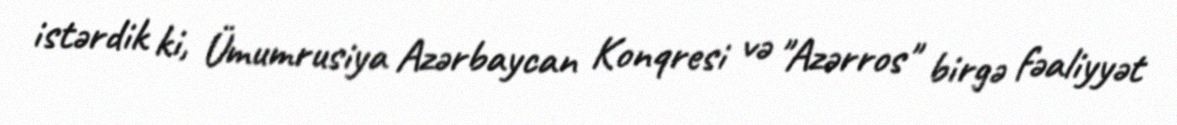
istərdik ki, Ümumrusiya Azərbaycan Konqresi və "Azərros" birgə fəaliyyət